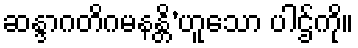
ဆန္ဒာဂတိဂမနန္တိ’ဟူသော ပါဌ်ကို။